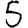
Digit: 5